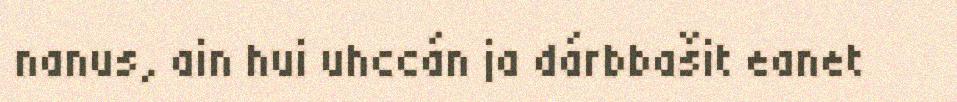
nanus, ain hui uhccán ja dárbbašit eanet